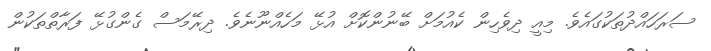
ސަރަހައްދުތަކުގައެވެ. މިއީ ދިވެހިން ކެއުމަށް ބޭނުންކޮށް އުޅޭ މަހެއްނޫނެވެ. ދިރޭމަސް ގެންގުޅޭ ފަރާތްތަކުން